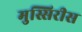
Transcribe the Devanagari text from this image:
मुस्सिरीस